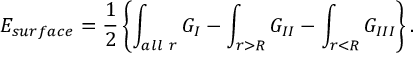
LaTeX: E _ { s u r f a c e } = { \frac { 1 } { 2 } } \left\{ \int _ { \small a l l \ r } G _ { I } - \int _ { r > R } G _ { I I } - \int _ { r < R } G _ { I I I } \right\} .